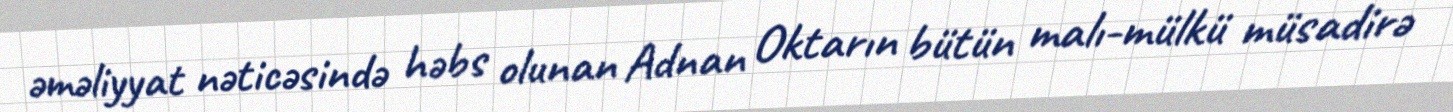
əməliyyat nəticəsində həbs olunan Adnan Oktarın bütün malı-mülkü müsadirə